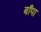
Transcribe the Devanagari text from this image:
बाँपा